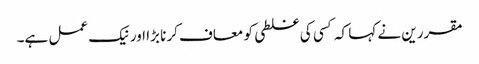
مقررین نے کہا کہ کسی کی غلطی کو معاف کرنا بڑا اور نیک عمل ہے۔